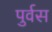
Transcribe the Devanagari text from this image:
पुर्वस